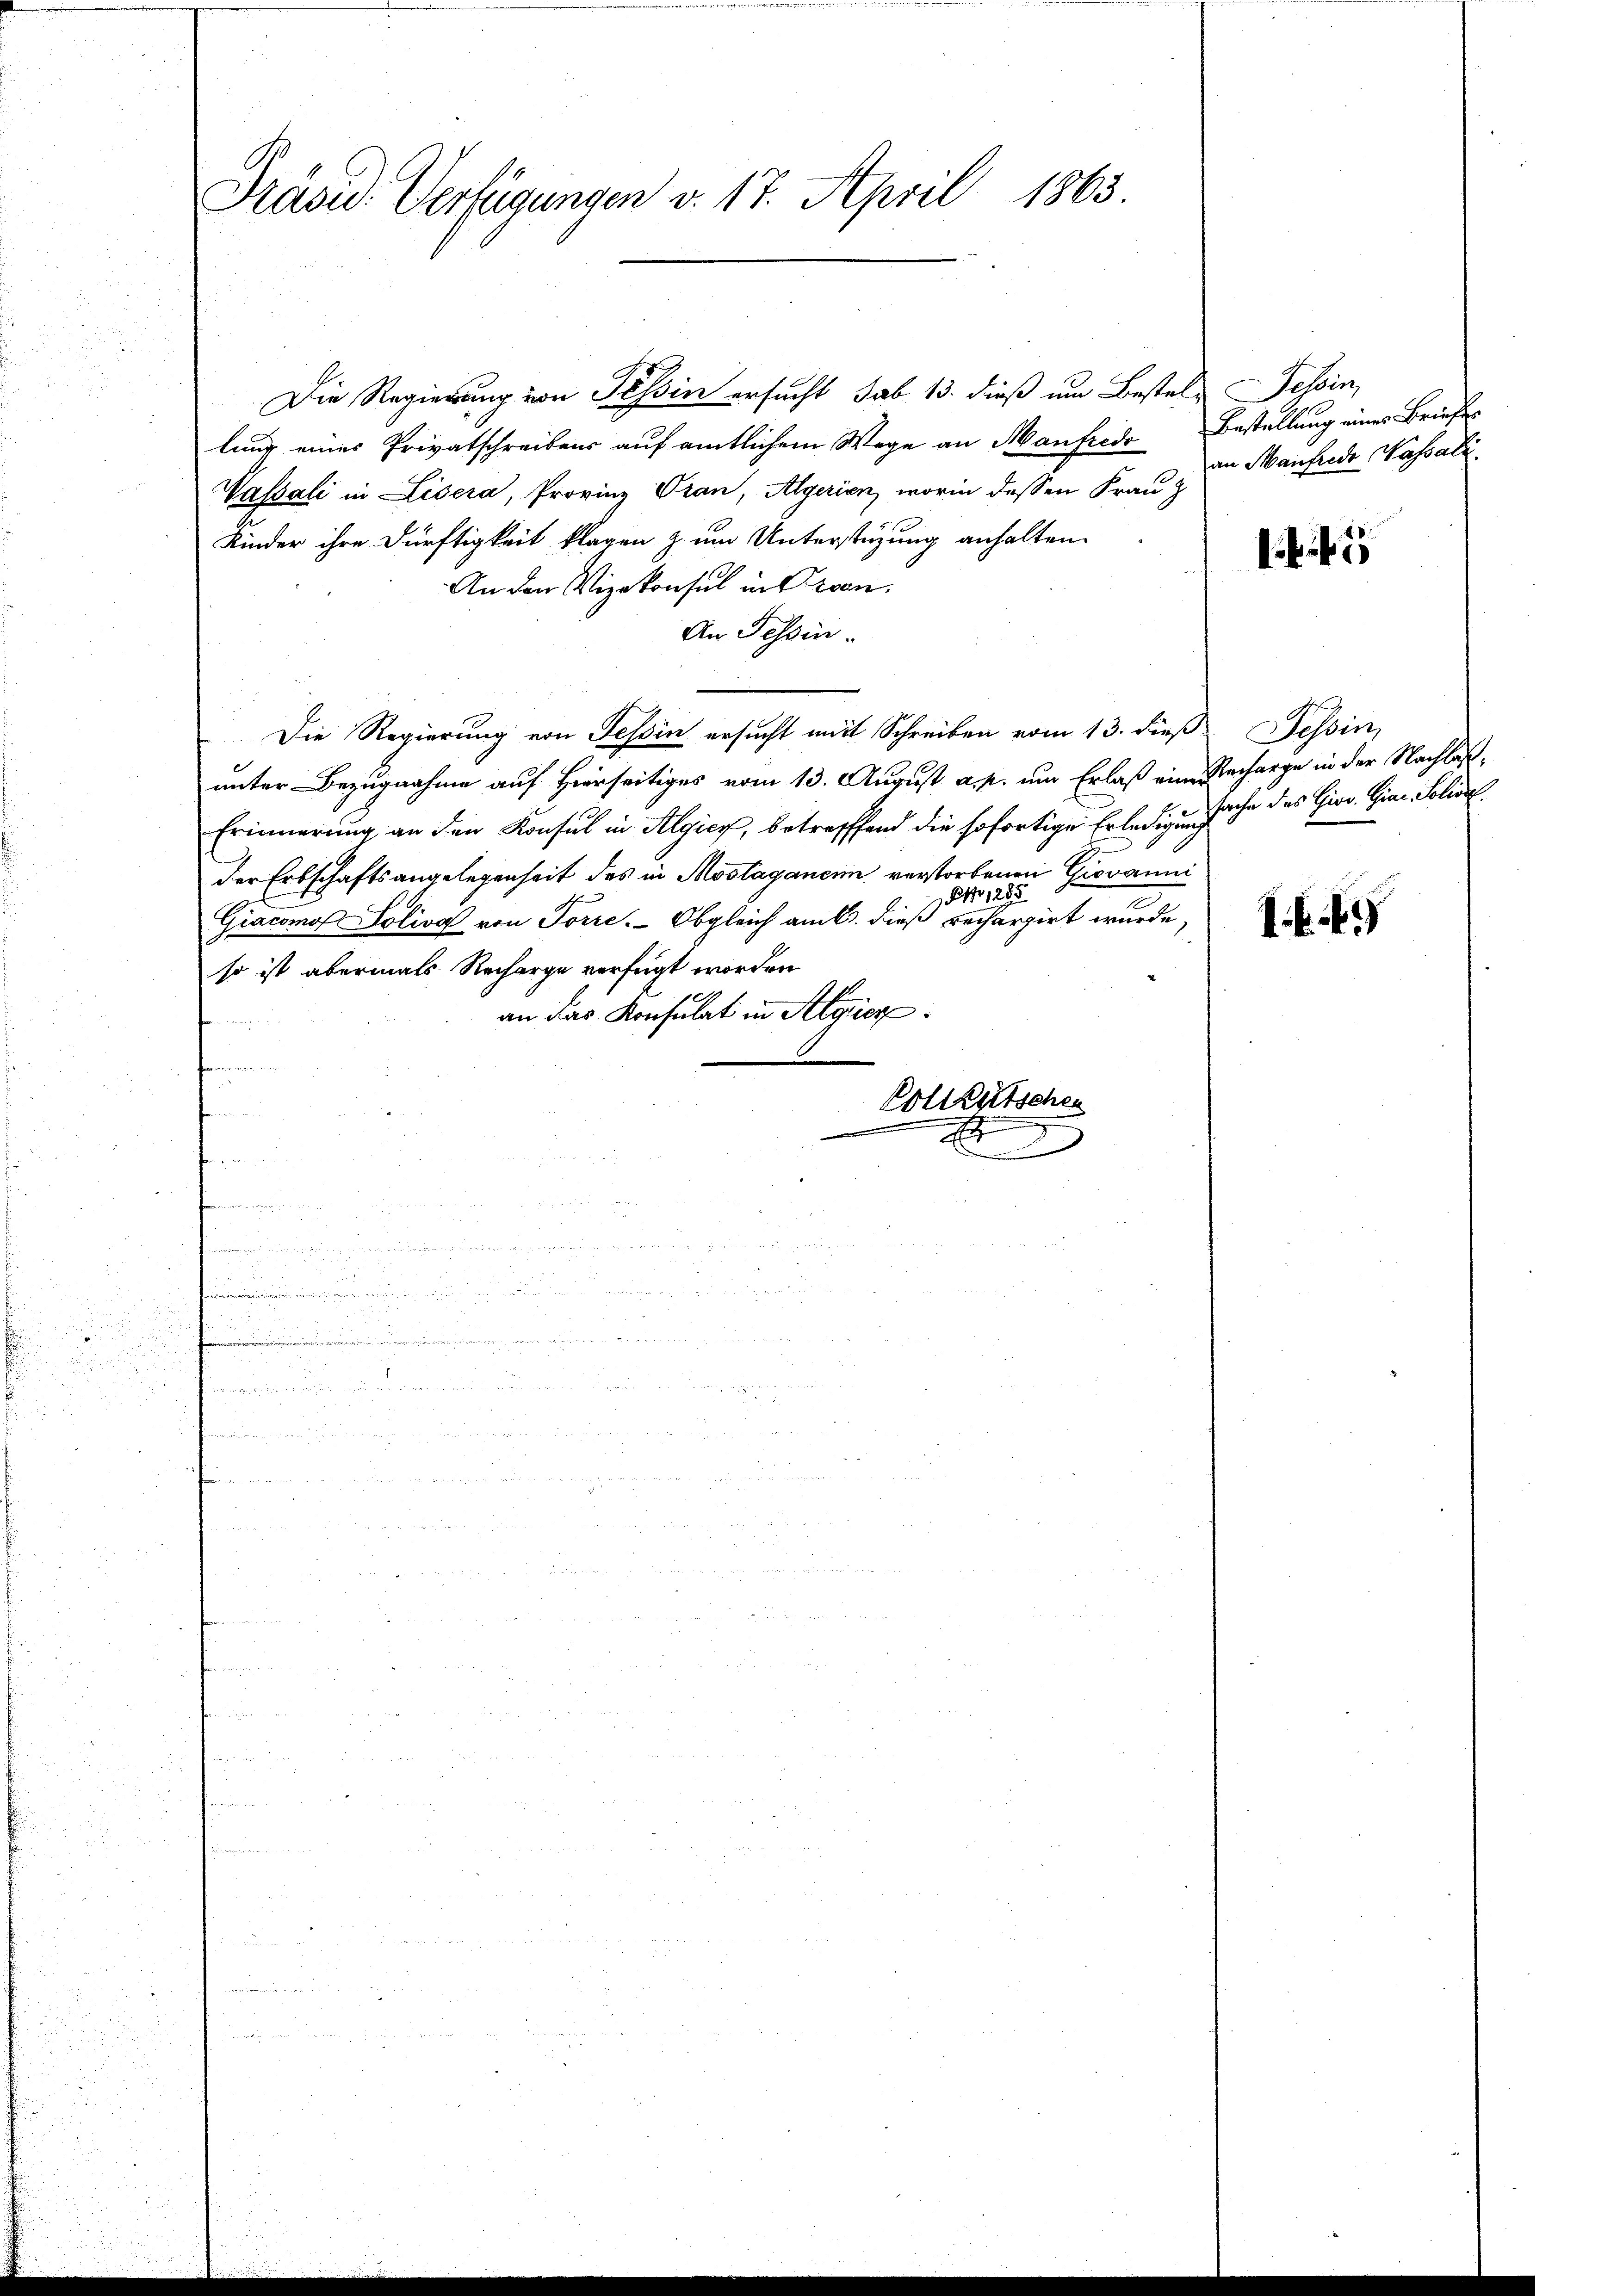
Präsid. Verfügungen v. 17. April 1863.

Die Regierung von Tessin ersucht sab 13. dieß um Bestel- Tessin,
lung eines Privatschreibens auf amtlichem Wege an Manfreie Bestellung eines Briefes
Vassati in Lisera, Provinz Vran, Algerien, worin dessen Frau
Kinder ihre Dürftigkeit klagen zum Unterstüzung anhalten.
An den Vizekonsul in Cron.
An Tessin.
Die Regierung von Tessin ersucht mit Schreiben vom 13. dieß Tessin,
unter Bezugnahme auf Hierseitiges vom 13. August a. p. um Erlaß eine Recharge in der Nachlaß¬
Erinnerung an den Konsul in Algicy, betreffend die sofortige Erledigung auch des Gior. Gian. Solide
der Erbschaftsangelegenheit des in Moslaganen verstorbenen Giovanni
PNo 1285
2
Giacomo Solivo von Torre. Obgleich am 6. dieß rechargirt wurde,
so ist abermals Recharge verfügt worden
an das Konsulat in Algier
kammen
Vollzeitschen
fe
.

r

F

an Manfrede Vasali.

f. 5

.